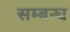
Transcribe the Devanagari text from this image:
सम्बन्घ